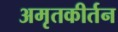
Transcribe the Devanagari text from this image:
अमृतकीर्तन